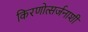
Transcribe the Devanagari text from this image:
किरणोत्सर्जनाशी